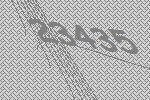
23435